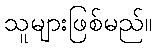
သူများဖြစ်မည်။